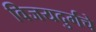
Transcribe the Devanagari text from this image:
विजयदुर्गचे